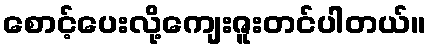
စောင့်ပေးလို့ကျေးဇူးတင်ပါတယ်။